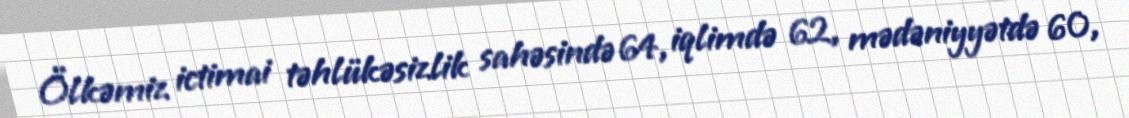
Ölkəmiz ictimai təhlükəsizlik sahəsində 64, iqlimdə 62, mədəniyyətdə 60,